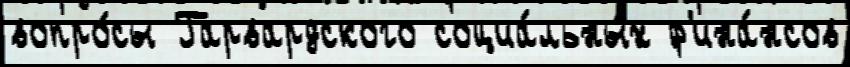
вопро́сы Гарвардского социа́льных ф'ина́нсов